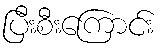
ပြီးစီးကြောင်း